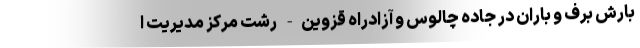
بارش برف و باران در جاده چالوس و آزادراه قزوین- رشت مرکز مدیریت ا